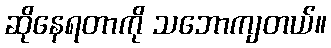
ဆိုနေရတာကို သဘောကျတယ်။